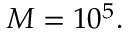
M = 1 0 ^ { 5 } .